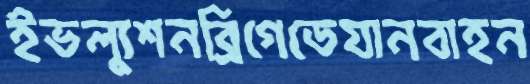
ইভল্যুশনব্রিগেডেযানবাহন